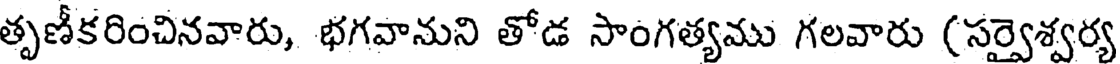
తృణీకరించినవారు, భగవానుని తోడ సాంగత్యము గలవారు (సర్వైశ్వర్య